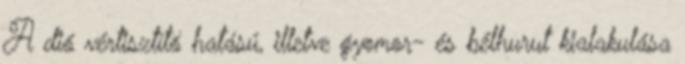
A dió vértisztító hatású, illetve gyomor- és bélhurut kialakulása